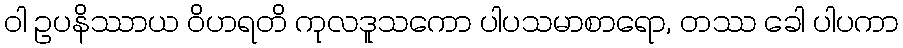
ဝါ ဥပနိဿာယ ဝိဟရတိ ကုလဒူသကော ပါပသမာစာရော, တဿ ခေါ ပါပကာ